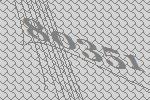
80351